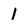
Character: 1